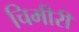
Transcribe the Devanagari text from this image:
चिमीरी